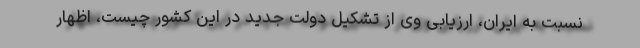
نسبت به ایران، ارزیابی وی از تشکیل دولت جدید در این کشور چیست، اظهار